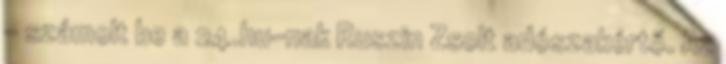
– számolt be a 24.hu-nak Ruszin Zsolt adószakértő. Az